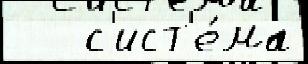
   с'ист'е́ма